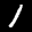
Label: 1